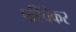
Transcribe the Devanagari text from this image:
परिंचेकर